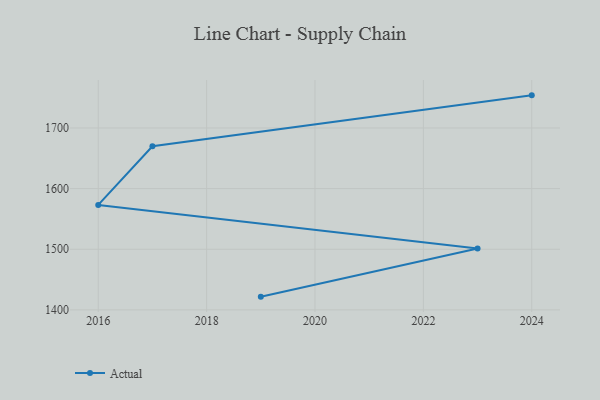
{"axis": {"x": "Year", "y": "Waste Production (Tons)"}, "legend": ["Actual"], "data": [{"x": "2024", "y": 1753.8, "type": "Actual"}, {"x": "2017", "y": 1669.8, "type": "Actual"}, {"x": "2016", "y": 1573.1, "type": "Actual"}, {"x": "2023", "y": 1501.1, "type": "Actual"}, {"x": "2019", "y": 1421.8, "type": "Actual"}]}